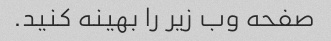
صفحه وب زیر را بهینه کنید.